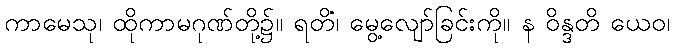
ကာမေသု၊ ထိုကာမဂုဏ်တို့၌။ ရတိံ၊ မွေ့လျော်ခြင်းကို။ န ဝိန္ဒတိ ယေဝ၊